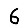
Digit: 6